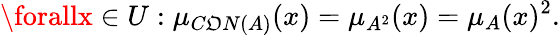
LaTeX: \forallx\in{U}:\mu_{C\mathfrak{O}N(A)}(x)=\mu_{A^{2}}(x)=\mu_{A}(x)^{2}.